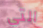
التي